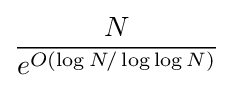
{\frac {N}{e^{O(\log N/\log \log N)}}}